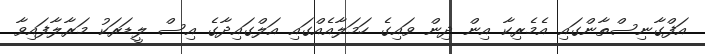
އަފްގާނިސްތާންގައި އެމެރިކާ އިން ދިން ވައިގެ ހަމަލާއެއްގައި އަލްގައިދާގެ އިސް ލީޑަރަކު މަރާލާފައިވާ